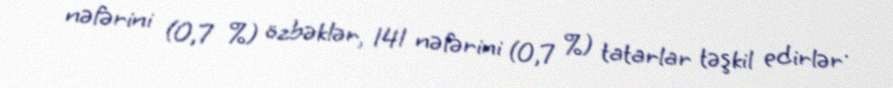
nəfərini (0,7 %) özbəklər, 141 nəfərini (0,7 %) tatarlar təşkil edirlər .